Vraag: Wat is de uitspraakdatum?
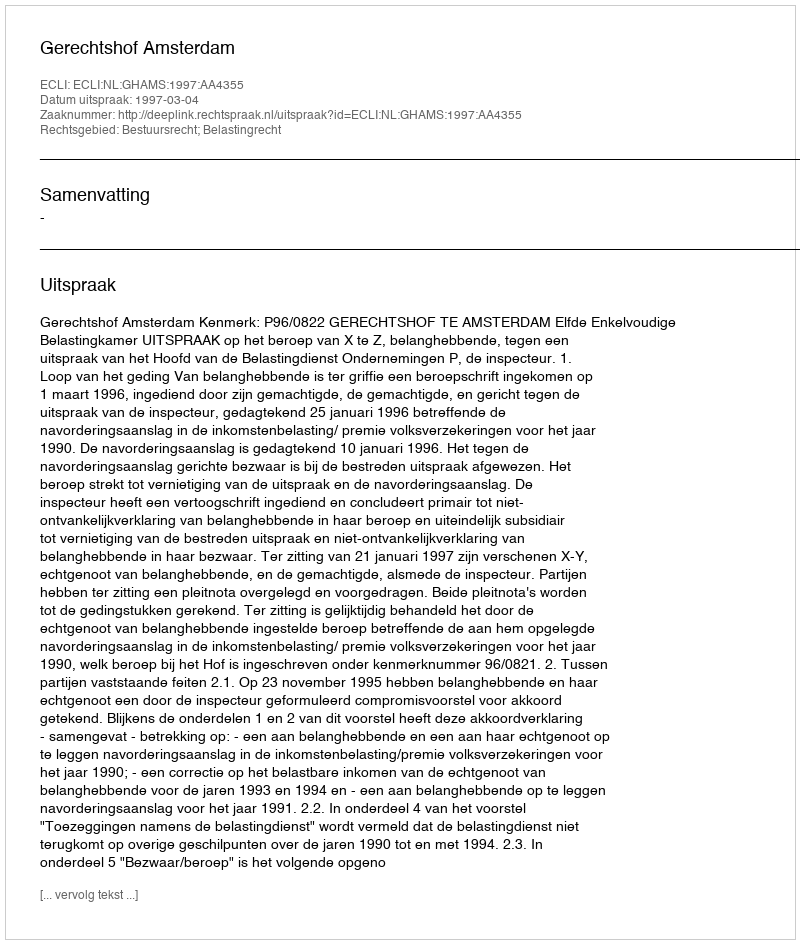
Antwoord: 1997-03-04